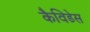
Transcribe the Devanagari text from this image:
कैविडेस